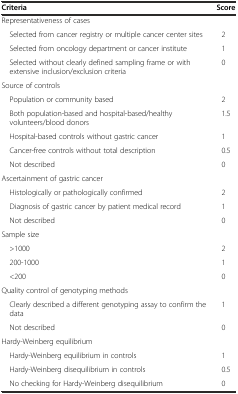
| Criteria | Score |
 | --- | --- |
 | Representativeness of cases |  |
 | Selected from cancer registry or multiple cancer center sites | 2 |
 | Selected from oncology department or cancer institute | 1 |
 | Selected without clearly defined sampling frame or with extensive inclusion/exclusion criteria | 0 |
 | Source of controls |  |
 | Population or community based | 2 |
 | Both population-based and hospital-based/healthy volunteers/blood donors | 1.5 |
 | Hospital-based controls without gastric cancer | 1 |
 | Cancer-free controls without total description | 0.5 |
 | Not described | 0 |
 | Ascertainment of gastric cancer |  |
 | Histologically or pathologically confirmed | 2 |
 | Diagnosis of gastric cancer by patient medical record | 1 |
 | Not described | 0 |
 | Sample size |  |
 | >1000 | 2 |
 | 200-1000 | 1 |
 | <200 | 0 |
 | Quality control of genotyping methods |  |
 | Clearly described a different genotyping assay to confirm the data | 1 |
 | Not described | 0 |
 | Hardy-Weinberg equilibrium |  |
 | Hardy-Weinberg equilibrium in controls | 1 |
 | Hardy-Weinberg disequilibrium in controls | 0.5 |
 | No checking for Hardy-Weinberg disequilibrium | 0 |